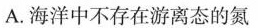
A.海洋中不存在游离态的氮